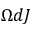
\Omega d J